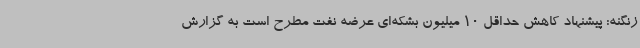
زنگنه: پیشنهاد کاهش حداقل 10 میلیون بشکه‌ای عرضه نفت مطرح است به گزارش